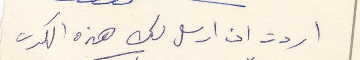
اردت ان ارسل لك هذه الكرت